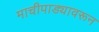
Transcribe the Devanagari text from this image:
माचीपाड्यावरून